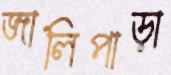
জালিপাড়া